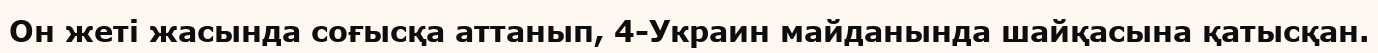
Он жеті жасында соғысқа аттанып, 4-Украин майданында шайқасына қатысқан.